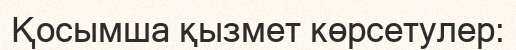
Қосымша қызмет көрсетулер: